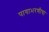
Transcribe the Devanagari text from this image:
पायाभरणीचा